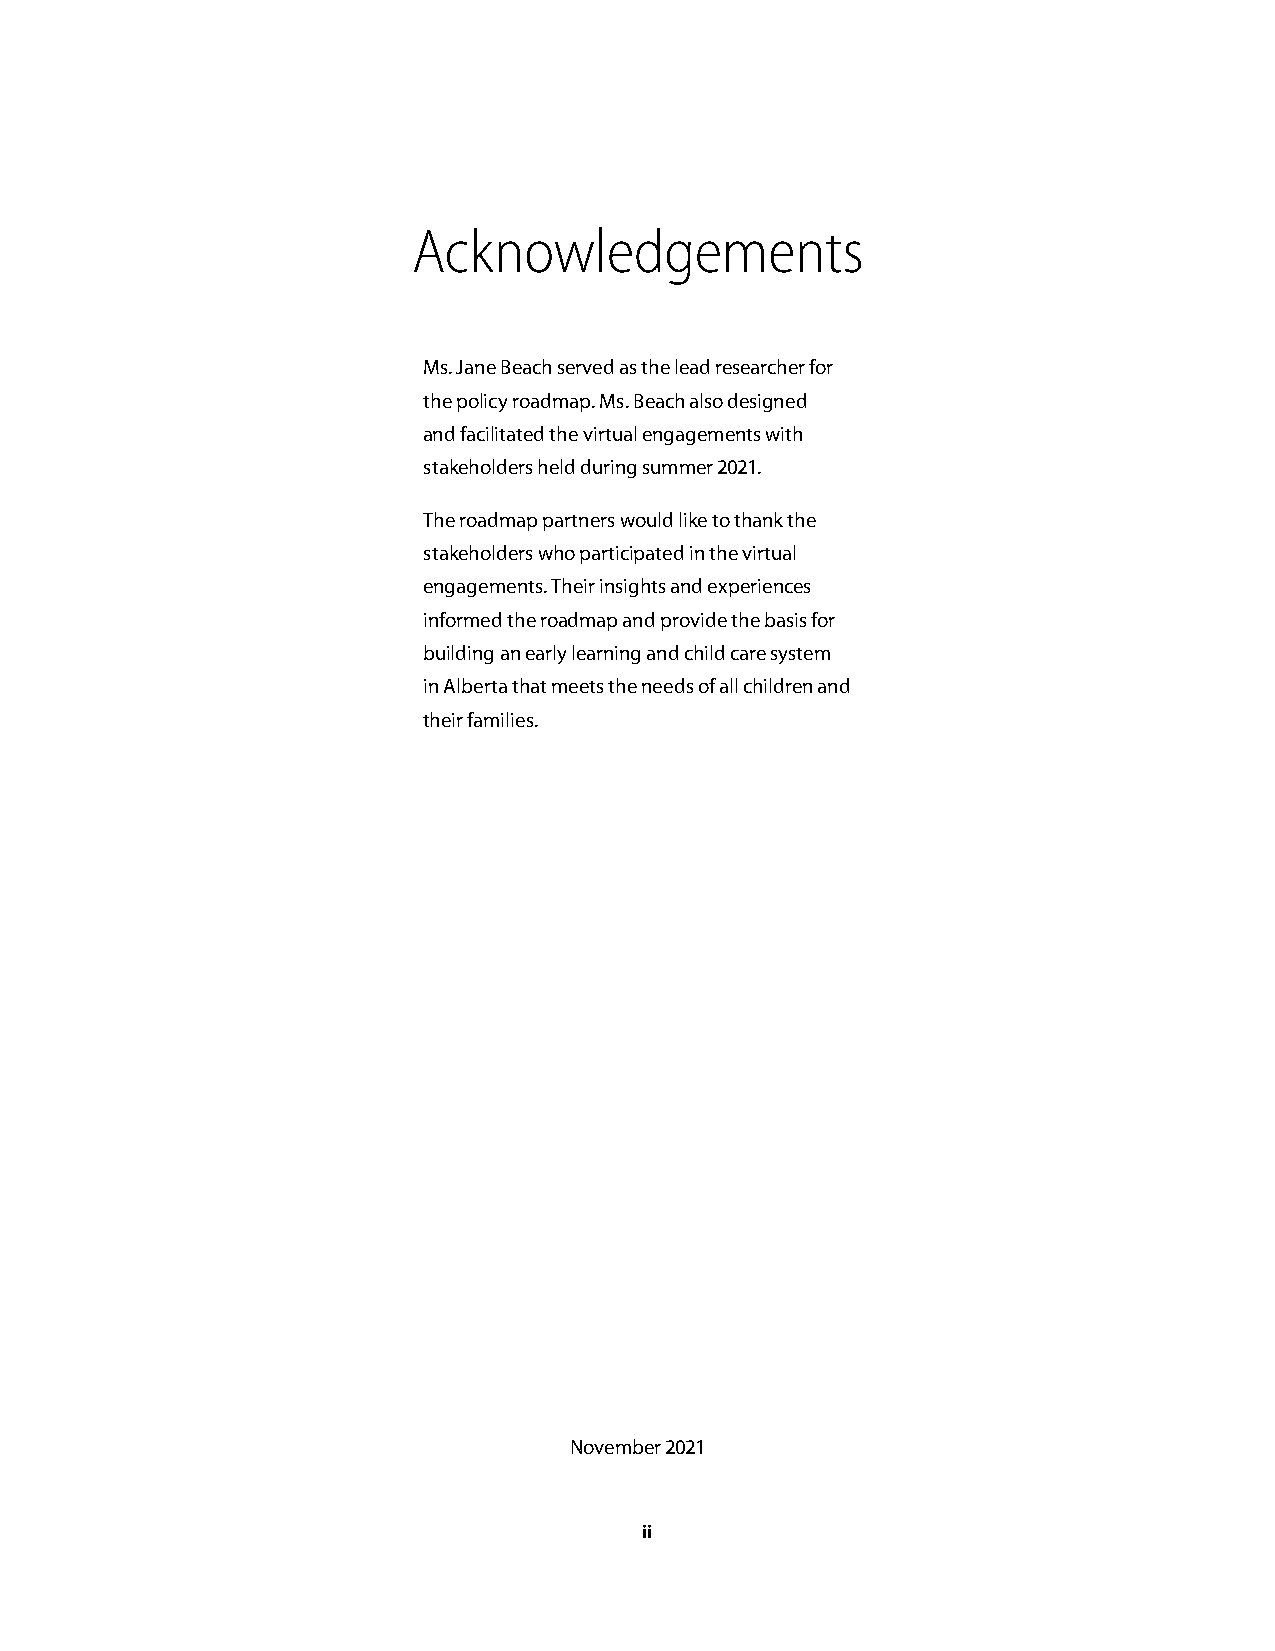
Acknowledgements
 Ms. Jane Beach served as the lead researcher for
 the policy roadmap. Ms. Beach also designed
 and facilitated the virtual engagements with
 stakeholders held during summer 2021.
 The roadmap partners would like to thank the
 stakeholders who participated in the virtual
 engagements. Their insights and experiences
 informed the roadmap and provide the basis for
 building an early learning and child care system
 in Alberta that meets the needs of all children and
 their families.
 November 2021
 ii